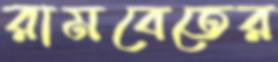
রামবেতের